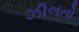
ઝીલતો